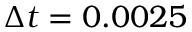
\Delta t = 0 . 0 0 2 5